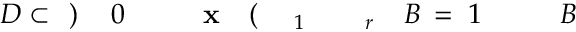
B \! \! \! \! \! \! \! \! \! \! \! \! _ { \! } \! \! \! \! \! \! \! \! \! \! \! 1 \! \! \! \! \! \! \! \! \! \! \! \! = \! \! \! \! \! \! \! \! \! \! \! \! B \! \! \! \! \! \! \! \! \! \! \! \! _ { r \! \! \! \! \! \! \! \! \! \! \! \! _ { \! } \! \! \! \! \! \! \! \! \! \! \! 1 } \! \! \! \! \! \! \! \! \! \! \! \! ( \! \! \! \! \! \! \! \! \! \! \! \! \mathbf { x } \! \! \! \! \! \! \! \! \! \! \! \! _ { \! } \! \! \! \! \! \! \! \! \! \! \! 0 \! \! \! \! \! \! \! \! \! \! \! \! ) \! \! \! \! \! \! \! \! \! \! \! \! \subset \! \! \! \! \! \! \! \! \! \! \! \! D \! \! \! \! \! \! \! \! \! \! \!